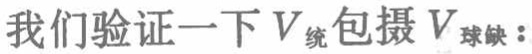
我们验证一下\(V_{统包摄}V_{球缺}\)：